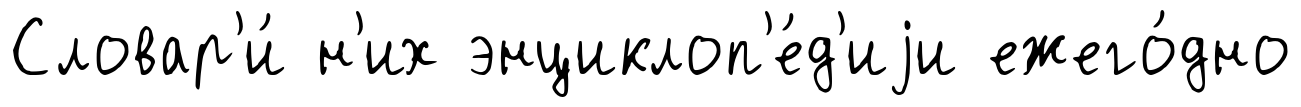
Словар'и́ н'их энциклоп'е́д'иjи ежего́дно